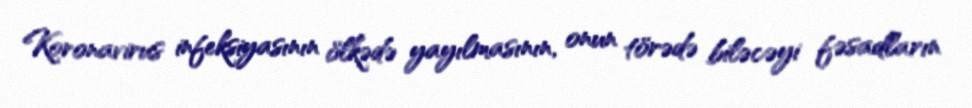
Koronavirus infeksiyasının ölkədə yayılmasının, onun törədə biləcəyi fəsadların